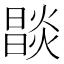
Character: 𤏒